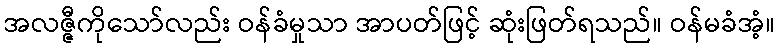
အလဇ္ဇီကိုသော်လည်း ဝန်ခံမှုသာ အာပတ်ဖြင့် ဆုံးဖြတ်ရသည်။ ဝန်မခံအံ့။